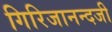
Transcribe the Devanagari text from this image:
गिरिजानन्दजी